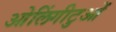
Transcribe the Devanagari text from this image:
ओलिंगीटुओं